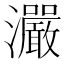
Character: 𤅙